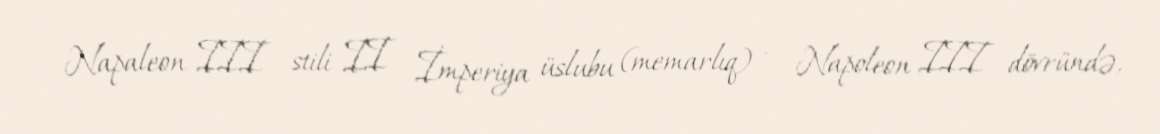
Napaleon III stili II İmperiya üslubu (memarlıq) — Napoleon III dövründə,